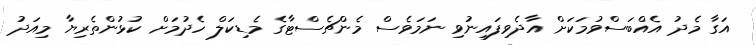
އަގާ މެދު އެއްބަސްވުމަކަށް އާދެވިފައިނުވި ނަމަވެސް މެންޗެސްޓާގެ މެޑިކަލް ހެދުމަށް ކުޅުންތެރިޔާ މިއަދު